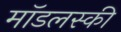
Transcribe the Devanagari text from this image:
मॉडलस्की